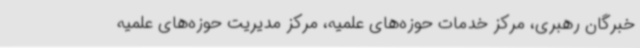
خبرگان رهبری، مرکز خدمات حوزه‌های علمیه، مرکز مدیریت حوزه‌های علمیه